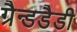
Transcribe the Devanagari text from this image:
ग्रैन्डडैडी